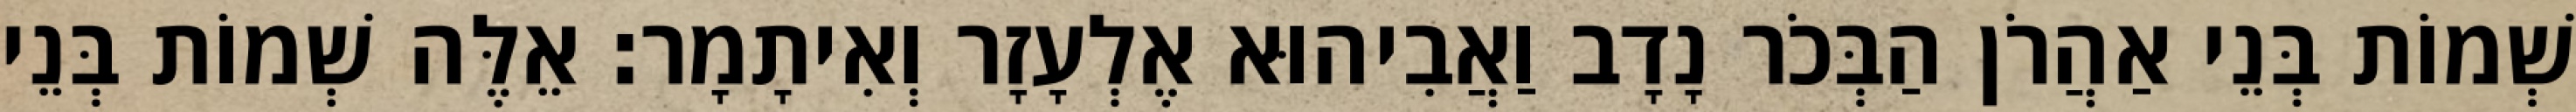
שְׁמוֹת בְּנֵי אַהֲרֹן הַבְּכֹר נָדָב וַאֲבִיהוּא אֶלְעָזָר וְאִיתָמָר׃ אֵלֶּה שְׁמוֹת בְּנֵי